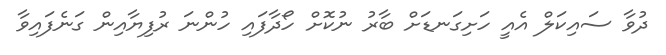
ދުވާ ސައިކަލް އެއީ ހަށިގަނޑަށް ބާރު ނުކޮށް ހޯދާފައި ހުންނަ ރުފިޔާއިން ގަނެފައިވާ